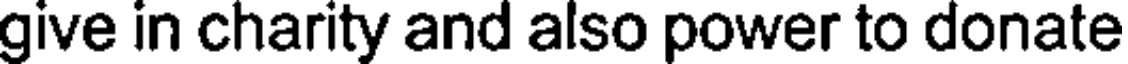
give in charity and also power to donate